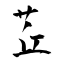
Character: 茊